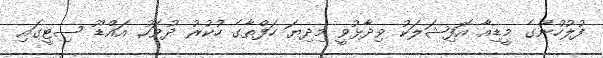
ފުލުހުންގެ މީޑިއާ އޮފިޝަލަކު ވިދާޅުވީ މިދިޔަ ހަފްތާގެ ހުކުރު ދުވަހު